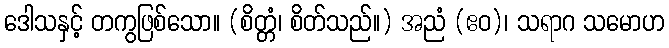
ဒေါသနှင့် တကွဖြစ်သော။ (စိတ္တံ၊ စိတ်သည်။) အညံ (ဧဝ)၊ သရာဂ သမောဟ